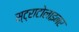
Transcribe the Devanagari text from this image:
स्ट्राटोलाइनर